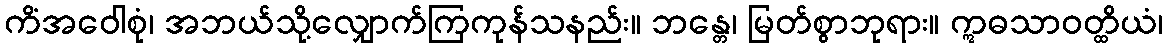
ကိံအဝေါစုံ၊ အဘယ်သို့လျှောက်ကြကုန်သနည်း။ ဘန္တေ၊ မြတ်စွာဘုရား။ ဣဓသာဝတ္ထိယံ၊